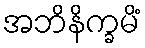
အဘိနိက္ခမိံ